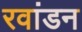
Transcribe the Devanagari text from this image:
रवांडन